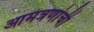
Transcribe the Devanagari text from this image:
आमंत्रणांची